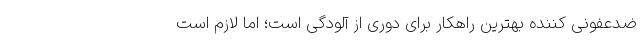
ضدعفونی کننده بهترین راهکار برای دوری از آلودگی است؛ اما لازم است